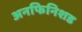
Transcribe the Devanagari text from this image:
अनफिनिशड